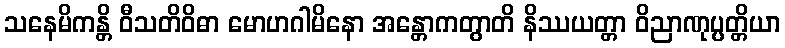
သနေမိကန္တိ ဝီသတိဝိဓာ မောဟဂါမိနော အန္တောကတွာတိ နိဿယတ္တာ ဝိညာဏုပ္ပတ္တိယာ